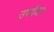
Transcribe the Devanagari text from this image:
उपदेशाः